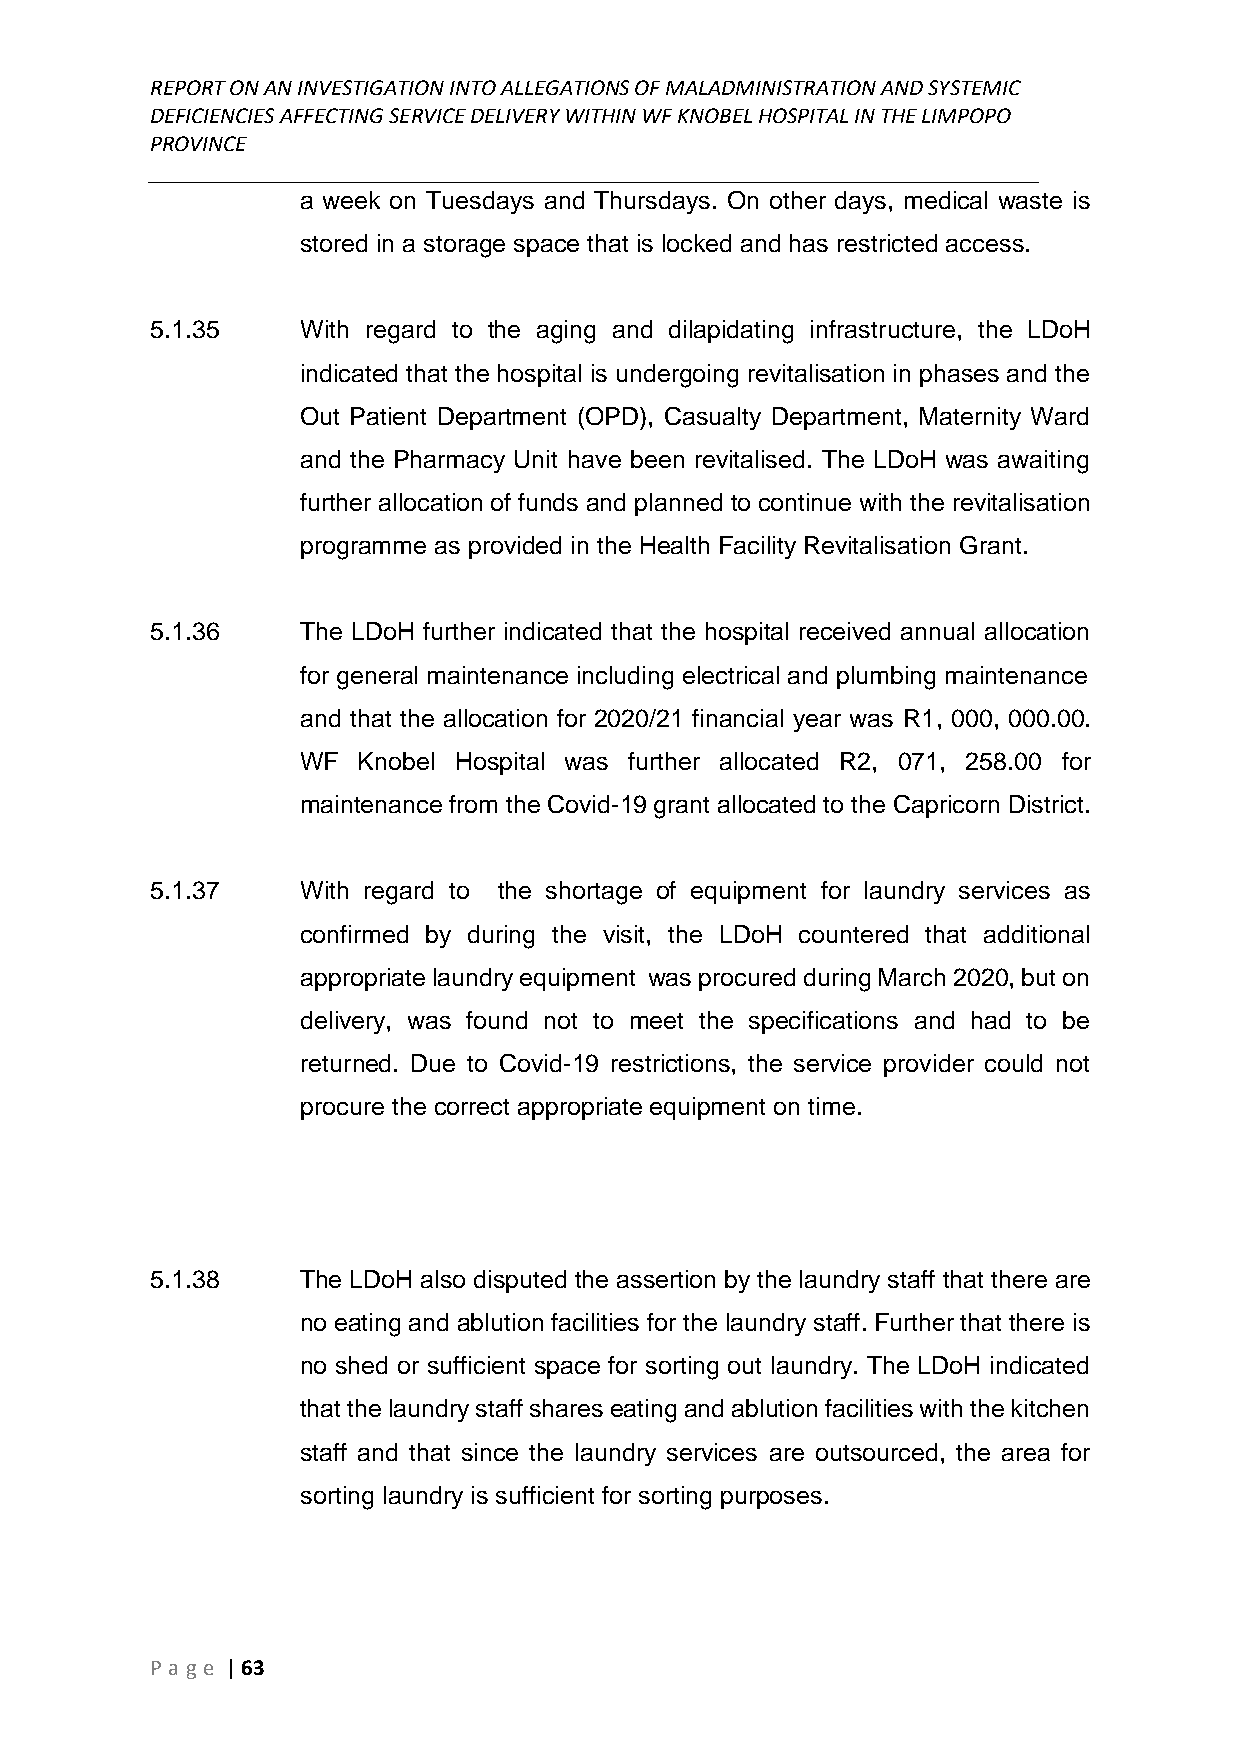
REPORT ON AN INVESTIGATION INTO ALLEGATIONS OF MALADMINISTRATION AND SYSTEMIC
 DEFICIENCIES AFFECTING SERVICE DELIVERY WITHIN WF KNOBEL HOSPITAL IN THE LIMPOPO
 PROVINCE
 ______________________________________________________________________________
 a week on Tuesdays and Thursdays. On other days, medical waste is
 stored in a storage space that is locked and has restricted access.
 5.1.35    With regard to the aging and dilapidating infrastructure, the LDoH
 indicated that the hospital is undergoing revitalisation in phases and the
 Out Patient Department (OPD), Casualty Department, Maternity Ward
 and the Pharmacy Unit have been revitalised. The LDoH was awaiting
 further allocation of funds and planned to continue with the revitalisation
 programme as provided in the Health Facility Revitalisation Grant.
 5.1.36    The LDoH further indicated that the hospital received annual allocation
 for general maintenance including electrical and plumbing maintenance
 and that the allocation for 2020/21 financial year was R1, 000, 000.00.
 WF  Knobel Hospital was further allocated R2, 071, 258.00 for
 maintenance from the Covid-19 grant allocated to the Capricorn District.
 5.1.37    With regard to the shortage of equipment for laundry services as
 confirmed by during the visit, the LDoH countered that additional
 appropriate laundry equipment was procured during March 2020, but on
 delivery, was found not to meet the specifications and had to be
 returned. Due to Covid-19 restrictions, the service provider could not
 procure the correct appropriate equipment on time.
 5.1.38    The LDoH also disputed the assertion by the laundry staff that there are
 no eating and ablution facilities for the laundry staff. Further that there is
 no shed or sufficient space for sorting out laundry. The LDoH indicated
 that the laundry staff shares eating and ablution facilities with the kitchen
 staff and that since the laundry services are outsourced, the area for
 sorting laundry is sufficient for sorting purposes.
 P age | 63